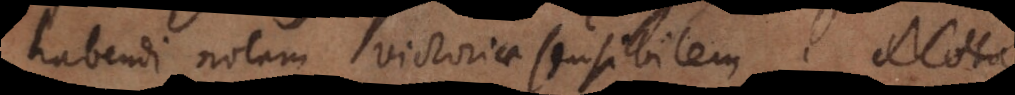
habendi notam victoriae sensibilem.